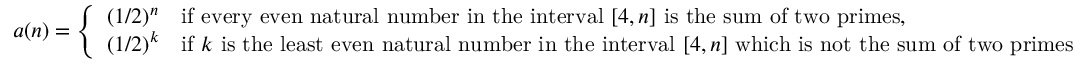
a ( n ) = { \left\{ \begin{array} { l l } { ( 1 / 2 ) ^ { n } } & { { \mathrm { i f ~ e v e r y ~ e v e n ~ n a t u r a l ~ n u m b e r ~ i n ~ t h e ~ i n t e r v a l ~ } } [ 4 , n ] { \mathrm { ~ i s ~ t h e ~ s u m ~ o f ~ t w o ~ p r i m e s } } , } \\ { ( 1 / 2 ) ^ { k } } & { { \mathrm { i f ~ } } k { \mathrm { ~ i s ~ t h e ~ l e a s t ~ e v e n ~ n a t u r a l ~ n u m b e r ~ i n ~ t h e ~ i n t e r v a l ~ } } [ 4 , n ] { \mathrm { ~ w h i c h ~ i s ~ n o t ~ t h e ~ s u m ~ o f ~ t w o ~ p r i m e s } } } \end{array} \right. }